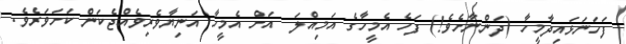
ފަހަނަޅައިދާމީހާ (ދަންނާށެވެ!) ފަހެ އެމީހާގެ އަމިއްލަ  އަށް އެމީހާ އަނިޔާވެރިވެއްޖެކަން ކަށަވަރެވެ.